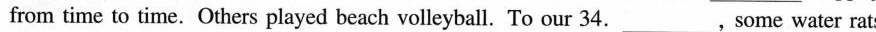
from time to time. Others played beach volleyball. To our 34.___, some water rats